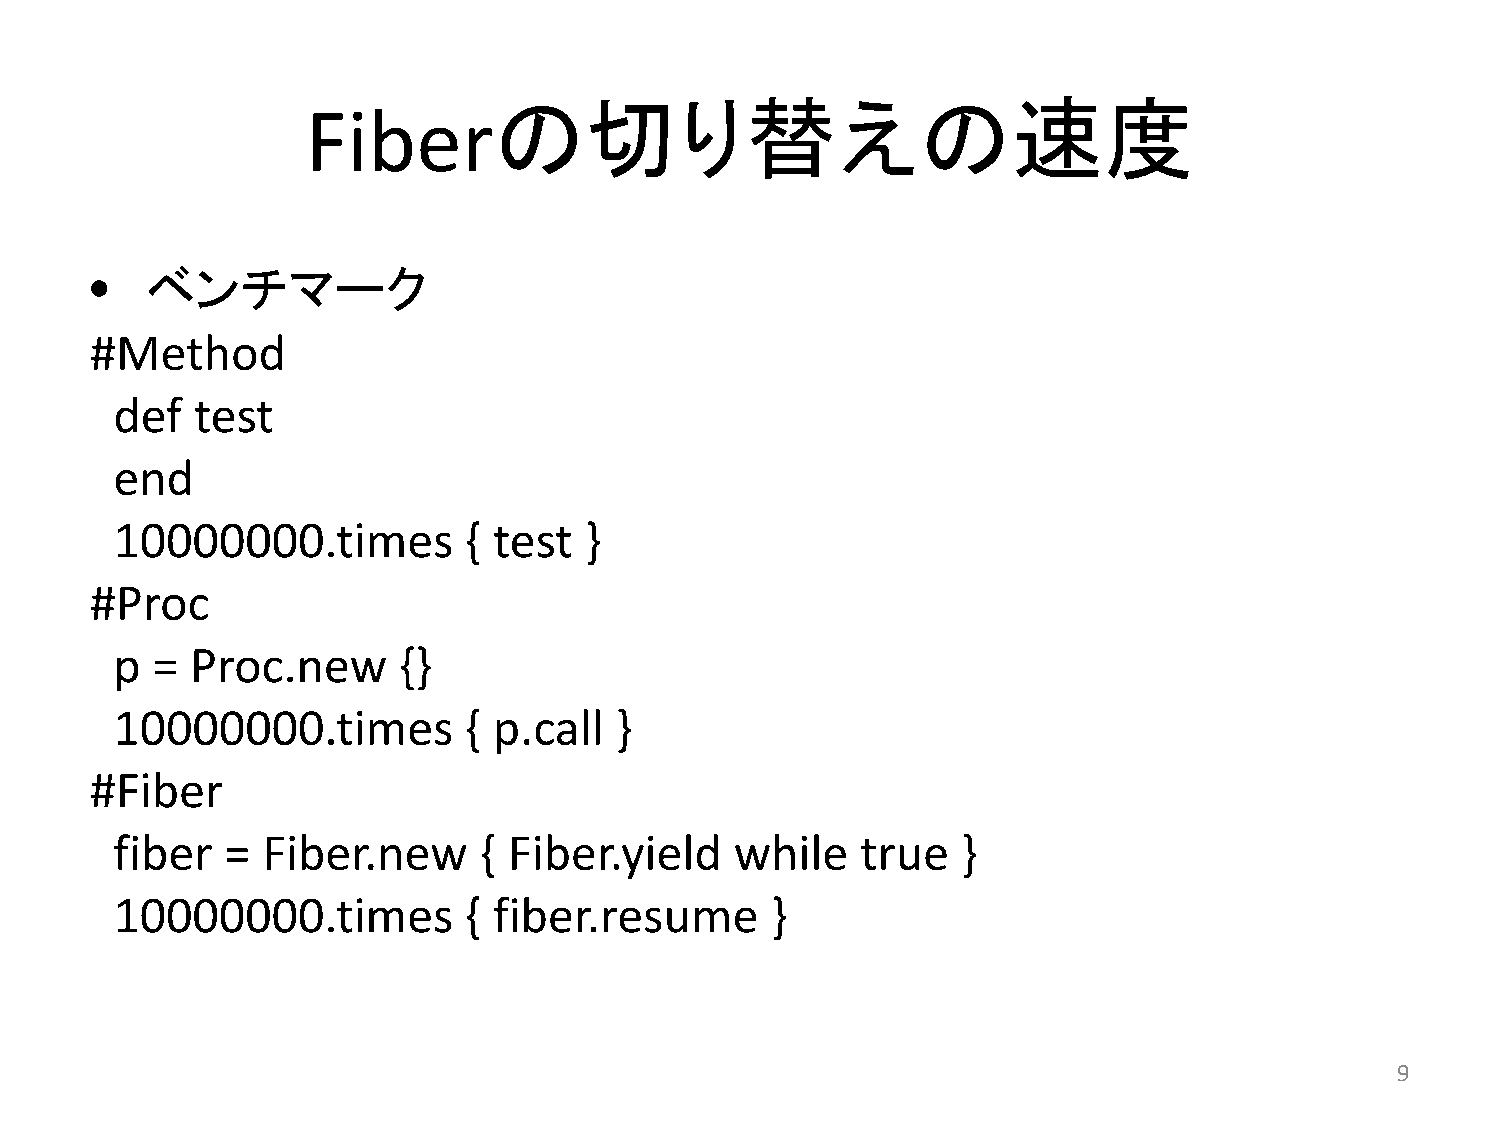
の切り替えの速度
 Fiber
 •   ベンチマーク
 #Method
 def  test
 end
 10000000.times         { test  }
 #Proc
 p =  Proc.new      {}
 10000000.times         { p.call  }
 #Fiber
 fiber  =  Fiber.new     { Fiber.yield    while   true   }
 10000000.times         { fiber.resume      }
 9